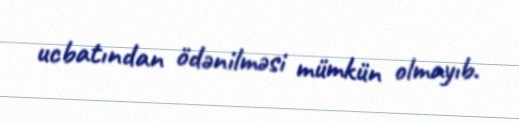
ucbatından ödənilməsi mümkün olmayıb.